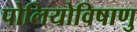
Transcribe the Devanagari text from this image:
पोलियोविषाणु